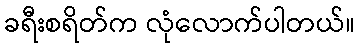
ခရီးစရိတ်က လုံလောက်ပါတယ်။